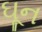
ઘૂન